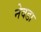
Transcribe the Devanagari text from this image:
नेवडा